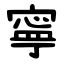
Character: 寧